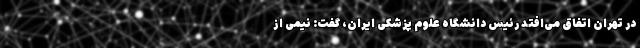
در تهران اتفاق می‌افتد رئیس دانشگاه علوم پزشکی ایران، گفت: نیمی از